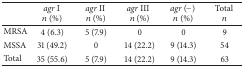
<table><thead><tr><td><b> </b></td><td><b><i>agr </i>I <i>n</i> (%)</b></td><td><b><i>agr </i>II <i>n</i> (%)</b></td><td><b><i>agr </i>III<i>n</i> (%)</b></td><td><b><i>agr</i> (−) <i>n</i> (%)</b></td><td><b>Total <i>n</i></b></td></tr></thead><tbody><tr><td>MRSA</td><td>4 (6.3)</td><td>5 (7.9)</td><td>0</td><td>0</td><td>9</td></tr><tr><td>MSSA</td><td>31 (49.2)</td><td>0</td><td>14 (22.2)</td><td>9 (14.3)</td><td>54</td></tr><tr><td>Total</td><td>35 (55.6)</td><td>5 (7.9)</td><td>14 (22.2)</td><td>9 (14.3)</td><td>63</td></tr></tbody></table>